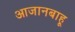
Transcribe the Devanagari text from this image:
आजानबाहू